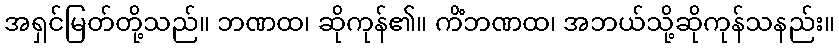
အရှင်မြတ်တို့သည်။ ဘဏထ၊ ဆိုကုန်၏။ ကိံဘဏထ၊ အဘယ်သို့ဆိုကုန်သနည်း။